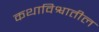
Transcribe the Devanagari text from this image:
कथाविश्वातील